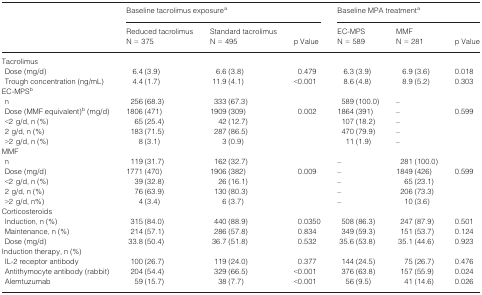
<table><thead><tr><td></td><td colspan="3"><b>Baseline tacrolimus exposurea</b></td><td colspan="3"><b>Baseline MPA treatmenta</b></td></tr><tr><td></td><td><b>Reduced tacrolimus N = 375</b></td><td><b>Standard tacrolimus N = 495</b></td><td><b>p Value</b></td><td><b>EC-MPS N = 589</b></td><td><b>MMF N = 281</b></td><td><b>p Value</b></td></tr></thead><tbody><tr><td colspan="7">Tacrolimus</td></tr><tr><td> Dose (mg/d)</td><td>6.4 (3.9)</td><td>6.6 (3.8)</td><td>0.479</td><td>6.3 (3.9)</td><td>6.9 (3.6)</td><td>0.018</td></tr><tr><td> Trough concentration (ng/mL)</td><td>4.4 (1.7)</td><td>11.9 (4.1)</td><td>&lt;0.001</td><td>8.6 (4.8)</td><td>8.9 (5.2)</td><td>0.303</td></tr><tr><td colspan="7">EC-MPSb</td></tr><tr><td> n</td><td>256 (68.3)</td><td>333 (67.3)</td><td></td><td>589 (100.0)</td><td>–</td><td></td></tr><tr><td> Dose (MMF equivalent)b (mg/d)</td><td>1806 (471)</td><td>1909 (309)</td><td>0.002</td><td>1864 (391)</td><td>–</td><td>0.599</td></tr><tr><td> &lt;2 g/d, n (%)</td><td>65 (25.4)</td><td>42 (12.7)</td><td></td><td>107 (18.2)</td><td>–</td><td></td></tr><tr><td> 2 g/d, n (%)</td><td>183 (71.5)</td><td>287 (86.5)</td><td></td><td>470 (79.9)</td><td>–</td><td></td></tr><tr><td> &gt;2 g/d, n (%)</td><td>8 (3.1)</td><td>3 (0.9)</td><td></td><td>11 (1.9)</td><td>–</td><td></td></tr><tr><td colspan="7">MMF</td></tr><tr><td> n</td><td>119 (31.7)</td><td>162 (32.7)</td><td></td><td>–</td><td>281 (100.0)</td><td></td></tr><tr><td> Dose (mg/d)</td><td>1771 (470)</td><td>1906 (382)</td><td>0.009</td><td>–</td><td>1849 (426)</td><td>0.599</td></tr><tr><td> &lt;2 g/d, n (%)</td><td>39 (32.8)</td><td>26 (16.1)</td><td></td><td>–</td><td>65 (23.1)</td><td></td></tr><tr><td> 2 g/d, n (%)</td><td>76 (63.9)</td><td>130 (80.3)</td><td></td><td>–</td><td>206 (73.3)</td><td></td></tr><tr><td> &gt;2 g/d, n%)</td><td>4 (3.4)</td><td>6 (3.7)</td><td></td><td>–</td><td>10 (3.6)</td><td></td></tr><tr><td colspan="7">Corticosteroids</td></tr><tr><td> Induction, n (%)</td><td>315 (84.0)</td><td>440 (88.9)</td><td>0.0350</td><td>508 (86.3)</td><td>247 (87.9)</td><td>0.501</td></tr><tr><td> Maintenance, n (%)</td><td>214 (57.1)</td><td>286 (57.8)</td><td>0.834</td><td>349 (59.3)</td><td>151 (53.7)</td><td>0.124</td></tr><tr><td> Dose (mg/d)</td><td>33.8 (50.4)</td><td>36.7 (51.8)</td><td>0.532</td><td>35.6 (53.8)</td><td>35.1 (44.6)</td><td>0.923</td></tr><tr><td colspan="7">Induction therapy, n (%)</td></tr><tr><td> IL-2 receptor antibody</td><td>100 (26.7)</td><td>119 (24.0)</td><td>0.377</td><td>144 (24.5)</td><td>75 (26.7)</td><td>0.476</td></tr><tr><td> Antithymocyte antibody (rabbit)</td><td>204 (54.4)</td><td>329 (66.5)</td><td>&lt;0.001</td><td>376 (63.8)</td><td>157 (55.9)</td><td>0.024</td></tr><tr><td> Alemtuzumab</td><td>59 (15.7)</td><td>38 (7.7)</td><td>&lt;0.001</td><td>56 (9.5)</td><td>41 (14.6)</td><td>0.026</td></tr></tbody></table>